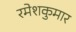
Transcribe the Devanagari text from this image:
रमेशकुमार